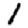
Digit: 1